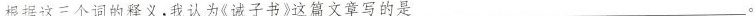
根据这三个词的释义，我认为《诫子书》这篇文章写的是___.